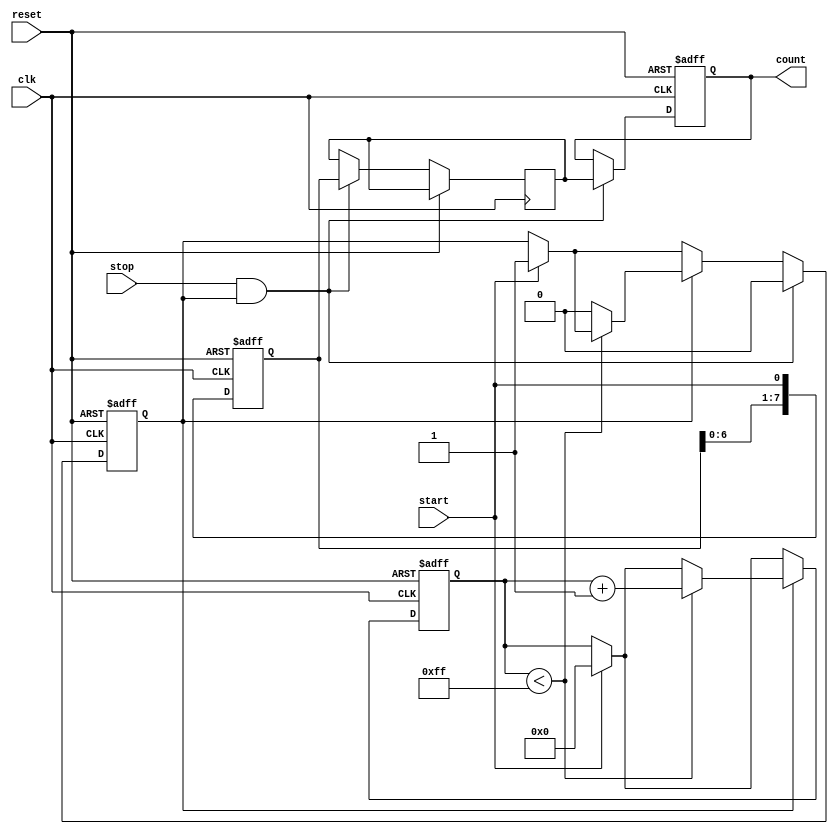
module TDC (
    input wire clk,           // Clock signal
    input wire reset,         // Reset signal
    input wire start,         // Start signal
    input wire stop,          // Stop signal
    output reg [N-1:0] count  // Digital output representing time interval
);
    parameter N = 8;          // Number of delay elements (resolution)
    parameter DELAY_TIME = 1; // Delay time for each element (in clock cycles)

    reg [N-1:0] delay_line;   // Delay line output
    reg [N-1:0] sample;       // Sampled position in the delay line
    reg counting;             // Counting flag
    reg [N-1:0] counter;      // Counter for delay line position

    // Generate delay line
    always @(posedge clk or posedge reset) begin
        if (reset) begin
            delay_line <= 0;
        end else begin
            // Shift the delay line
            delay_line <= {delay_line[N-2:0], start};
        end
    end

    // Control logic for counting
    always @(posedge clk or posedge reset) begin
        if (reset) begin
            counting <= 0;
            counter <= 0;
            count <= 0;
        end else begin
            if (start) begin
                counting <= 1; // Start counting
                counter <= 0;  // Reset counter
            end
            
            if (counting) begin
                if (counter < (1 << N) - 1) begin
                    counter <= counter + 1; // Increment counter
                end else begin
                    counting <= 0; // Stop counting if max reached
                end
            end
            
            if (stop && counting) begin
                sample <= delay_line; // Sample the delay line
                count <= sample;       // Output the sampled value
                counting <= 0;         // Stop counting
            end
        end
    end
endmodule